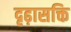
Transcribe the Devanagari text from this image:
दृढ़ासक्ति